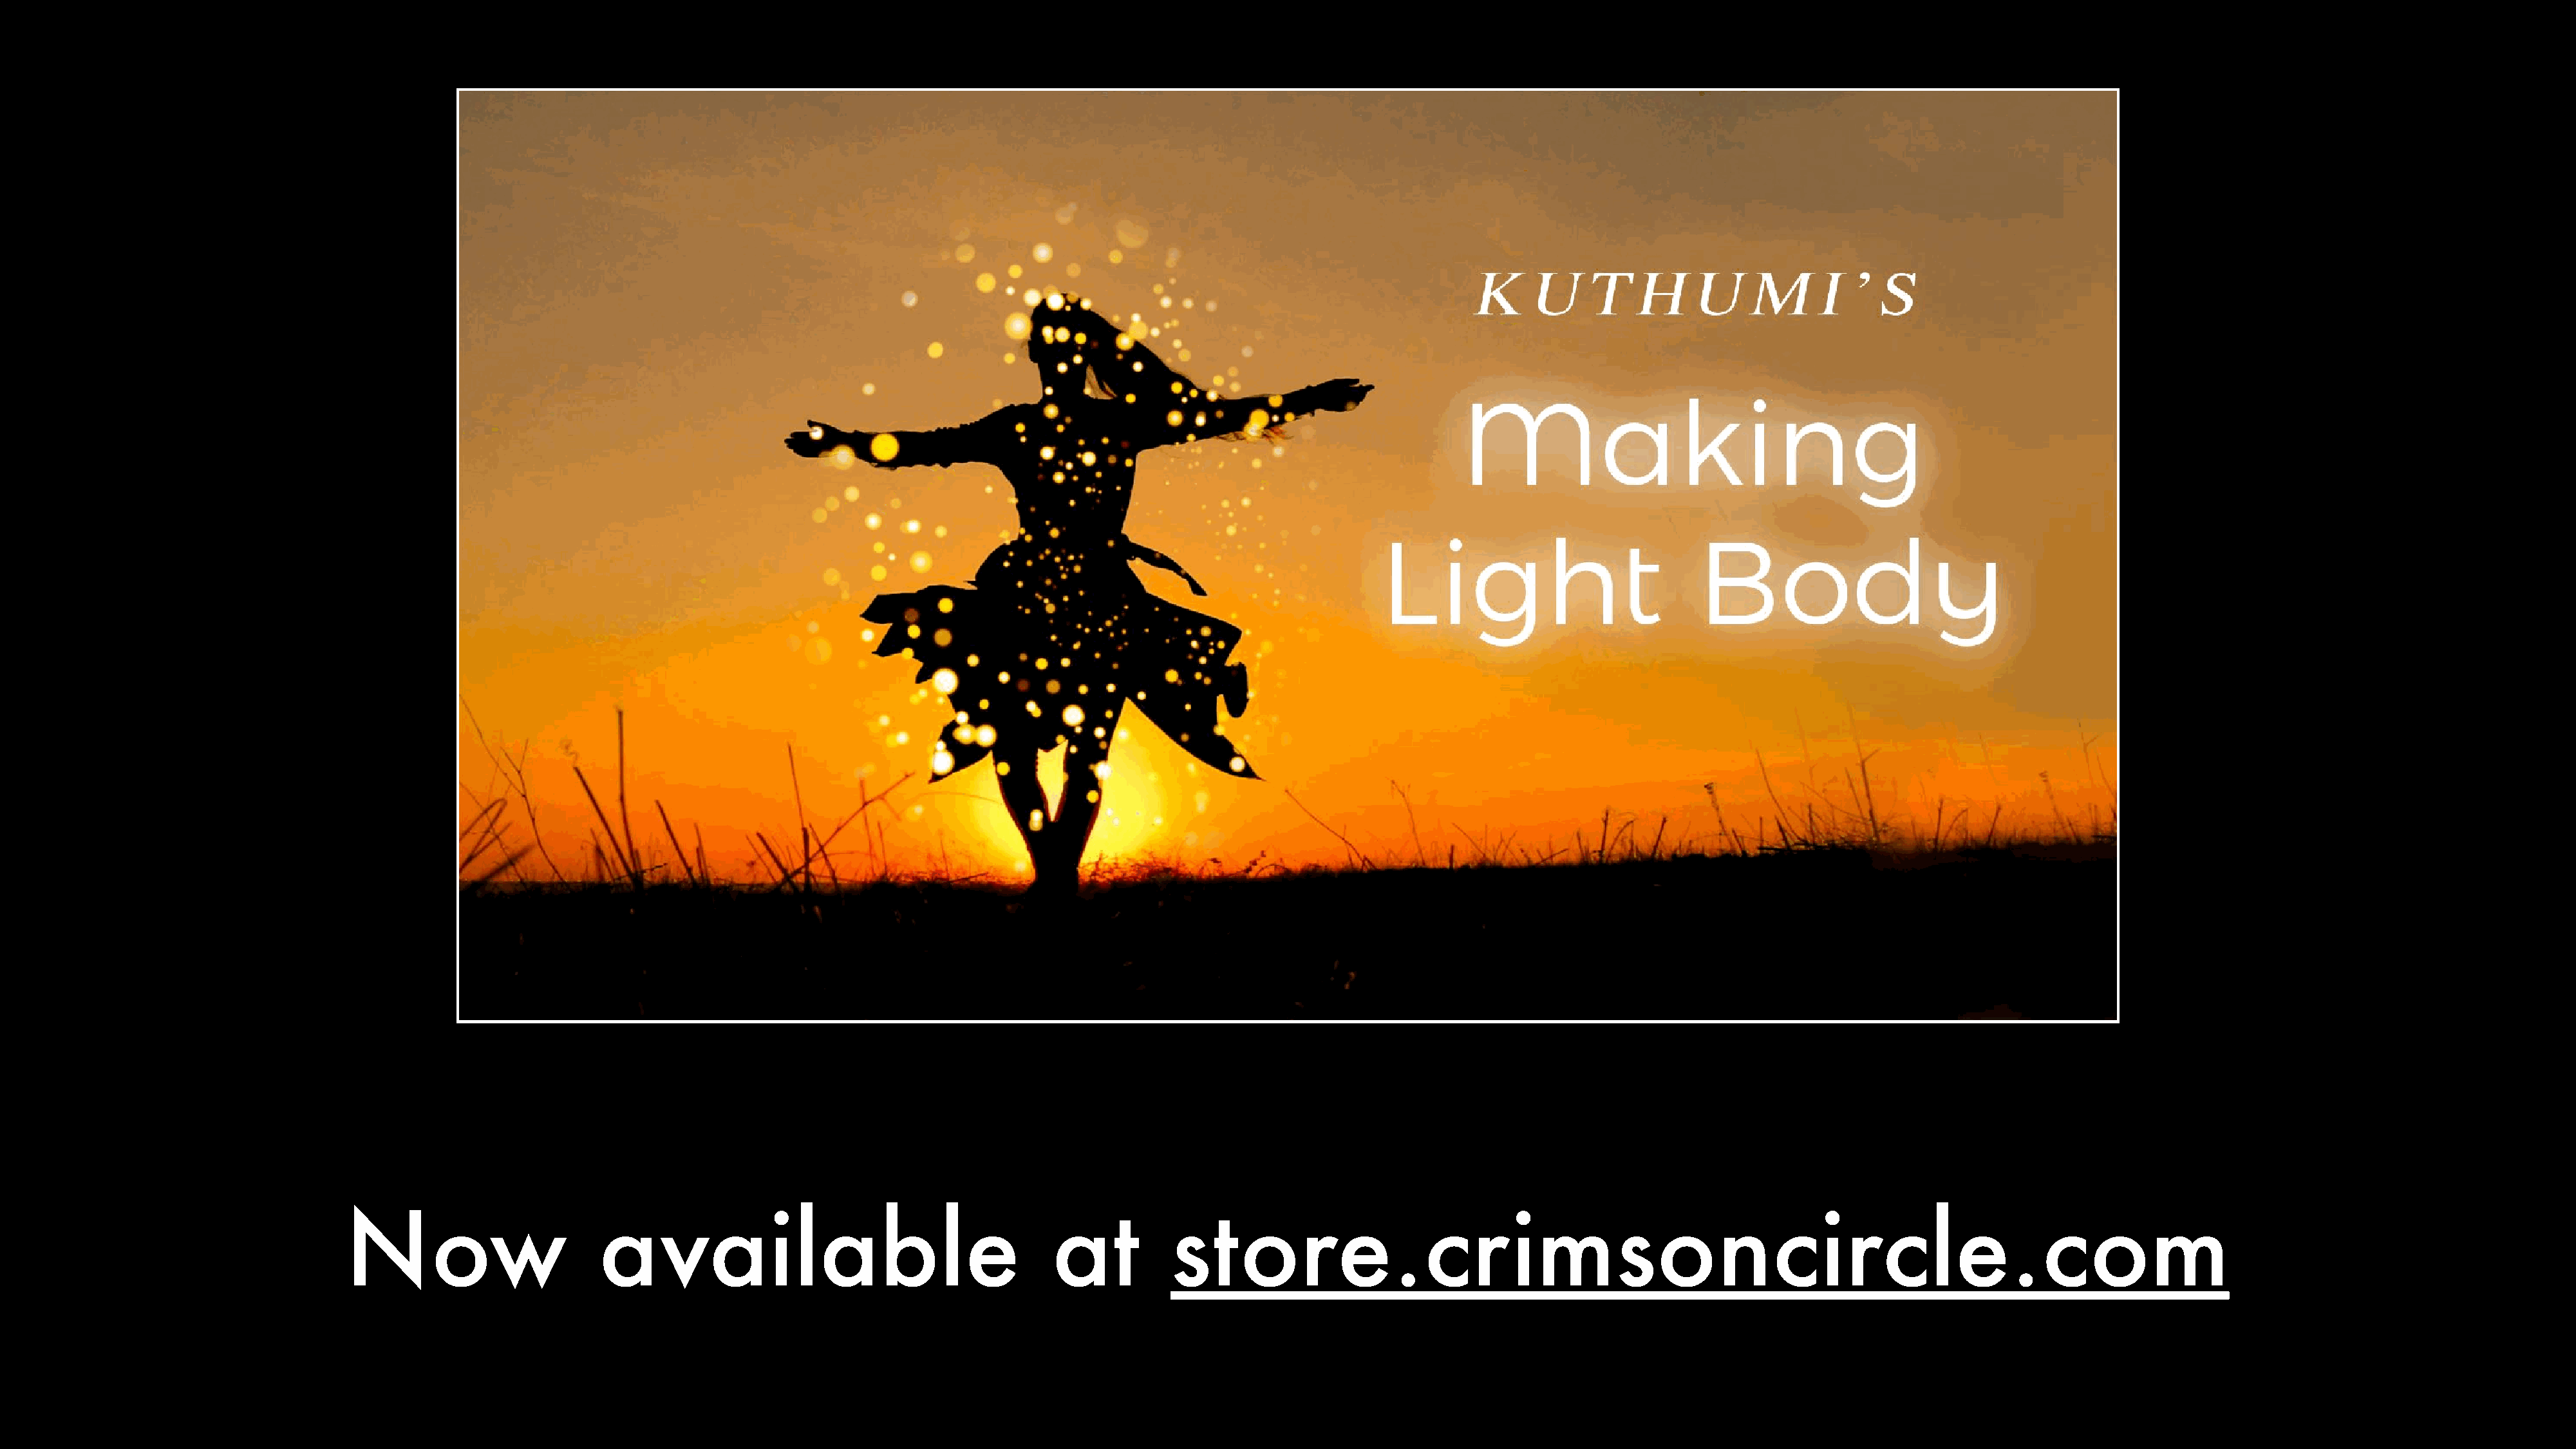
Now                       available                                     at          store.crimsoncircle.com